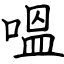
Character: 嗢